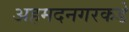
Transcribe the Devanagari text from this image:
अहमदनगरकडे